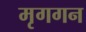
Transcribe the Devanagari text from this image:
मृगगन